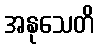
အနုသေတိ